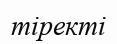
тіректі